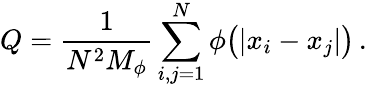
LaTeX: Q=\frac{1}{N^{2}M_{\phi}}\sum_{i,j=1}^{N}\phi\big(|x_{i}-x_{j}|\big)\, .